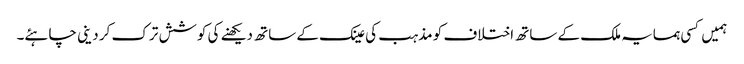
ہمیں کسی ہمسایہ ملک کے ساتھ اختلاف کو مذہب کی عینک کے ساتھ دیکھنے کی کوشش ترک کر دینی چاہئے۔